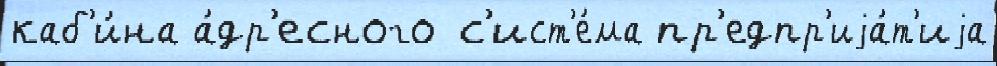
каб'и́на а́др'есного с'ист'е́ма пр'едпр'иjа́т'иjа